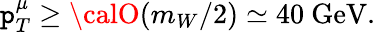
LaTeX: \mathtt{p}_{T}^{\mu}\ge{\calO}(m_{W}/2)\simeq40\ \mathrm{{GeV}}.